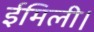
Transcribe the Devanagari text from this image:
ईमिली।